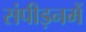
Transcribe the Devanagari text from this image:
संपीड़नमें